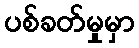
ပစ်ခတ်မှုမှာ